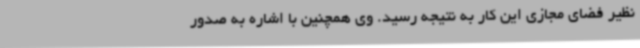
نظیر فضای مجازی این کار به نتیجه رسید. وی همچنین با اشاره به صدور